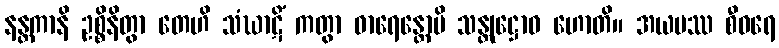
နန္တကာနိ ဥစ္စိနိတွာ တေဟိ သံဃာဋိံ ကတွာ ဓာရေန္တောပိ သန္တုဋ္ဌောဝ ဟောတိ။ အယမဿ စီဝရေ